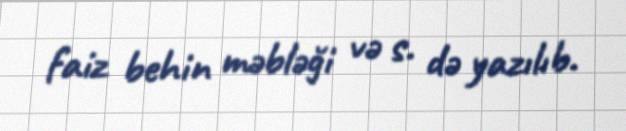
faiz behin məbləği və s. də yazılıb.